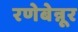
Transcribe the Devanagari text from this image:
रणेबेन्नूर